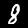
Digit: 8